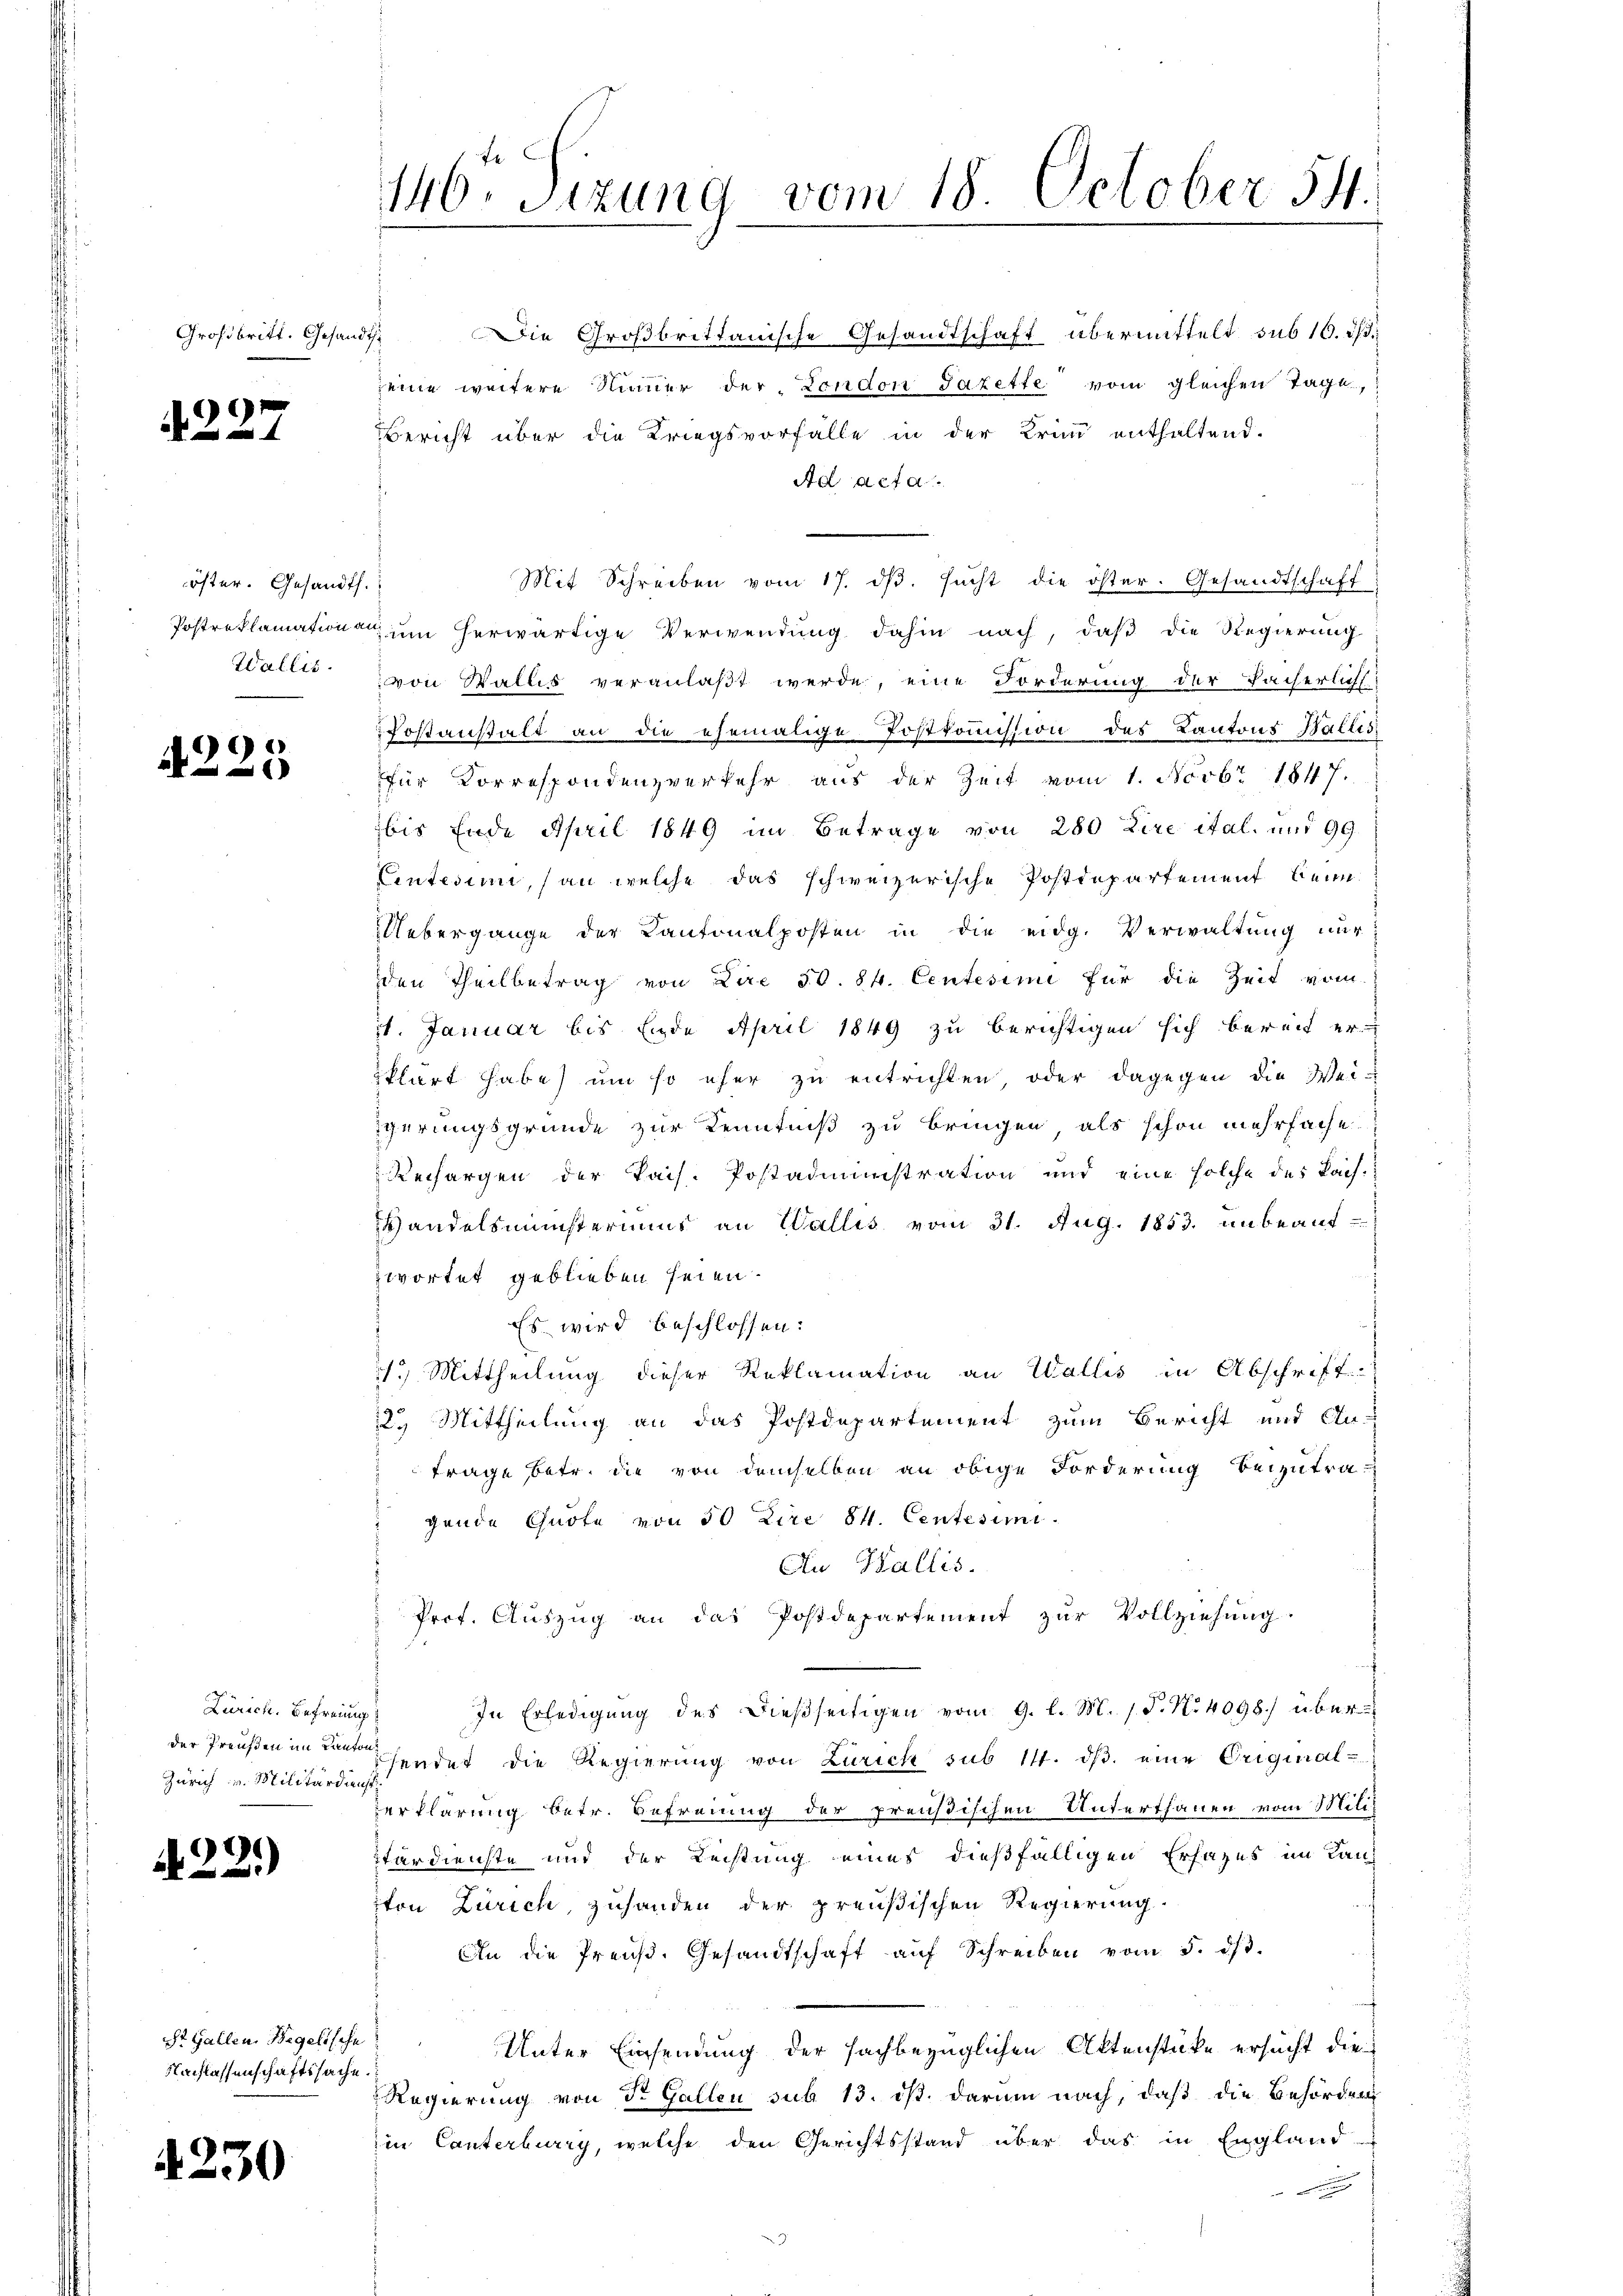
9

öfter. Gesandth.
Wallis.

Großbritt. Gesandt.

e
)
x

Zürich. Befreinig
Zürich v. Militärdienst

A. 22.)

Die Großbrittanische Gesandtschaft übermittelt sub 10. 1
seine weitere Sinner der London Gazette vom gleichen Tage,
Bericht über die Kriegsvorfalle in der Krin enthaltend.
Ad acta.
Mit Schreiben vom 17. dβ. sucht die öster. Gesandtschaft
Postreklamation um herwärtige Verwendung dahin nach, daß die Regierung
von Wallis veranlaßt werde, eine Forderung der Pacherlichst
fostanstalt an die ehemalige Postkommission des Kantons Wallis,
für Correspondenzverkehr aus der Zeit vom 1. Novbr 1847.
bis Ende April 1849 im Betrage von 280 Lire ital. und 99
Centesinn, an welche das schweizerische Postdepartement beim
Uebergange der Kantonalposten in die eidg. Verwaltŭng nŭr
den Theilbetrag von Lire 50. 84. Centesimi für die Zeit vom
11. Januar bis Ende April 1849 zu berichtigen sich bereit erklärt habe um so eher zu entrichten oder dagegen die Weiigerungsgründe zur Kenntniß zu bringen als schon mehrfache
Rechargen der Pais. Postadministration und eine solche des Bach-
HHandelsministeriums an Wallis vom 31. Aug. 1853. unbeantzwortet geblieben seien.
Es wird beschlossen:
1.) Mittheilung dieser Reklamation an Wallis in Abschrift
2. Mittheilung an das Postdepartement zum Bericht und An-
Frage betr. die von demselben an obige Forderung beizutra¬
" gende Quote von 50 Lire 84. Centesimi.
An Wallis.
Prof. Auszug an das Postdepartement zur Vollziehung.
In Erledigung des dießseitigen vom 9. l. M. 1. P. Nr. 4098.) überder Preußen im wesendet die Regierŭng von Zürich sub 14. dβ eine Original-
zerklärung betr. Befreiung der preußischen Unterthanen vom Mili-
terdienste und der Leistung eines dießfälligen Erfazes im Lanton Zürich, zuhanden der preußischen Regierung.
An die Preuß. Gesandtschaft aŭf Schreiben vom 5. dβ.
Unter Einsendung der sachbezüglichen Aktenstücke ersucht die
Regierung von St. Gallen sub 13. ist. Darum nach, daß die Behörden,
in Canterburg, welche den Gerichtsstand über das in England
x

St. Gallen Begelische
Nachlassenschaftssache.

4230

140. Sizung vom 18. October 54.